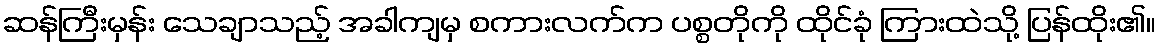
ဆန်ကြီးမှန်း သေချာသည့် အခါကျမှ စကားလက်က ပစ္စတိုကို ထိုင်ခုံ ကြားထဲသို့ ပြန်ထိုး၏။